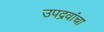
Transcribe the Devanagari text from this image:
उपद्रवांचा